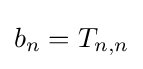
b_{n}=T_{n,n}